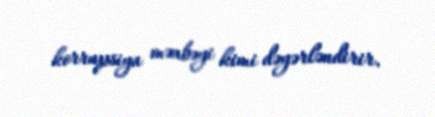
korrupsiya mənbəyi kimi dəyərləndirir.